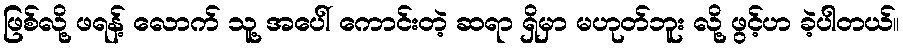
ဖြစ်လို့ ဖရန့် လောက် သူ့ အပေါ် ကောင်းတဲ့ ဆရာ ရှိမှာ မဟုတ်ဘူး လို့ ဖွင့်ဟ ခဲ့ပါတယ်။